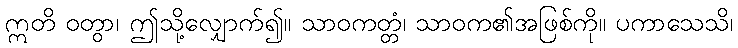
ဣတိ ဝတွာ၊ ဤသို့လျှောက်၍။ သာဝကတ္တံ၊ သာဝက၏အဖြစ်ကို။ ပကာသေသိ၊